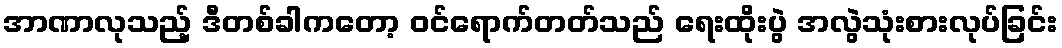
အာဏာလုသည့် ဒီတစ်ခါကတော့ ဝင်ရောက်တတ်သည် ရေးထိုးပွဲ အလွဲသုံးစားလုပ်ခြင်း